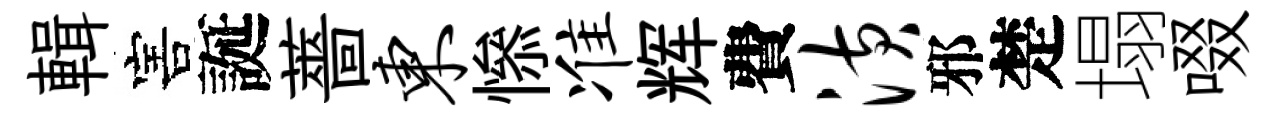
輯害誕薔东𢡖准辉費潢邪楚塌啜